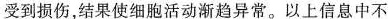
受到损伤，结果使细胞活动渐趋异常。以上信息中不